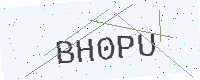
Text: BH0PU